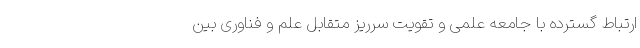
ارتباط گسترده با جامعه علمی و تقویت سرریز متقابل علم و فناوری بین